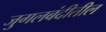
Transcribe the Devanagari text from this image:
जुगलबंदीतील